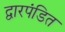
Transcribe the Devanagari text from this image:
द्वारपंडित